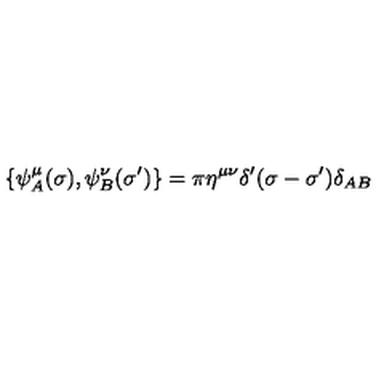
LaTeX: \{ \psi _ { A } ^ { \mu } ( \sigma ) , \psi _ { B } ^ { \nu } ( \sigma ^ { \prime } ) \} = \pi \eta ^ { \mu \nu } \delta ^ { \prime } ( \sigma - \sigma ^ { \prime } ) \delta _ { A B }